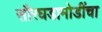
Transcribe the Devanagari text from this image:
सौरघडामोडींचा